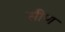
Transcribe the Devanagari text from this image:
सीण